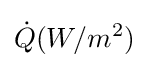
{\dot {Q}}(W/m^{2})